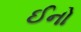
ઈનો